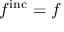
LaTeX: f ^ { \mathrm { i n c } } = f